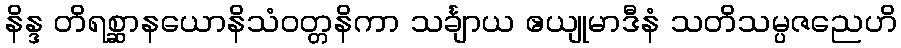
နိန္ဒ တိရစ္ဆာနယောနိသံဝတ္တနိကာ သင်္ချာယ ဧယျုမာဒီနံ သတိသမ္ပဇညေဟိ